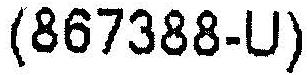
(867388-U)